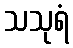
သသုရံ